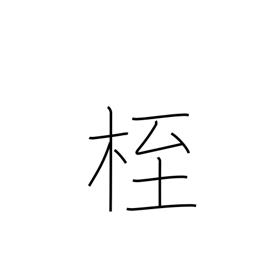
Meaning: fetters